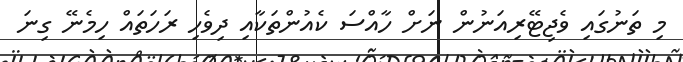
މި ތަނުގައި ވެޖިޓޭރިއަނުން ނަށް ހާއްސަ ކެއުންތަކާއި ދިވެހި ރަހަތައް ހިމެނޭ ގިނަ